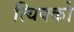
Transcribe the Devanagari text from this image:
त्यिक्को